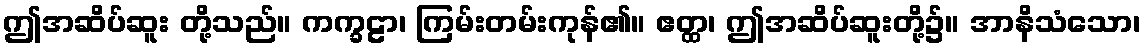
ဤအဆိပ်ဆူး တို့သည်။ ကက္ခဠာ၊ ကြမ်းတမ်းကုန်၏။ ဧတ္ထ၊ ဤအဆိပ်ဆူးတို့၌။ အာနိသံသော၊